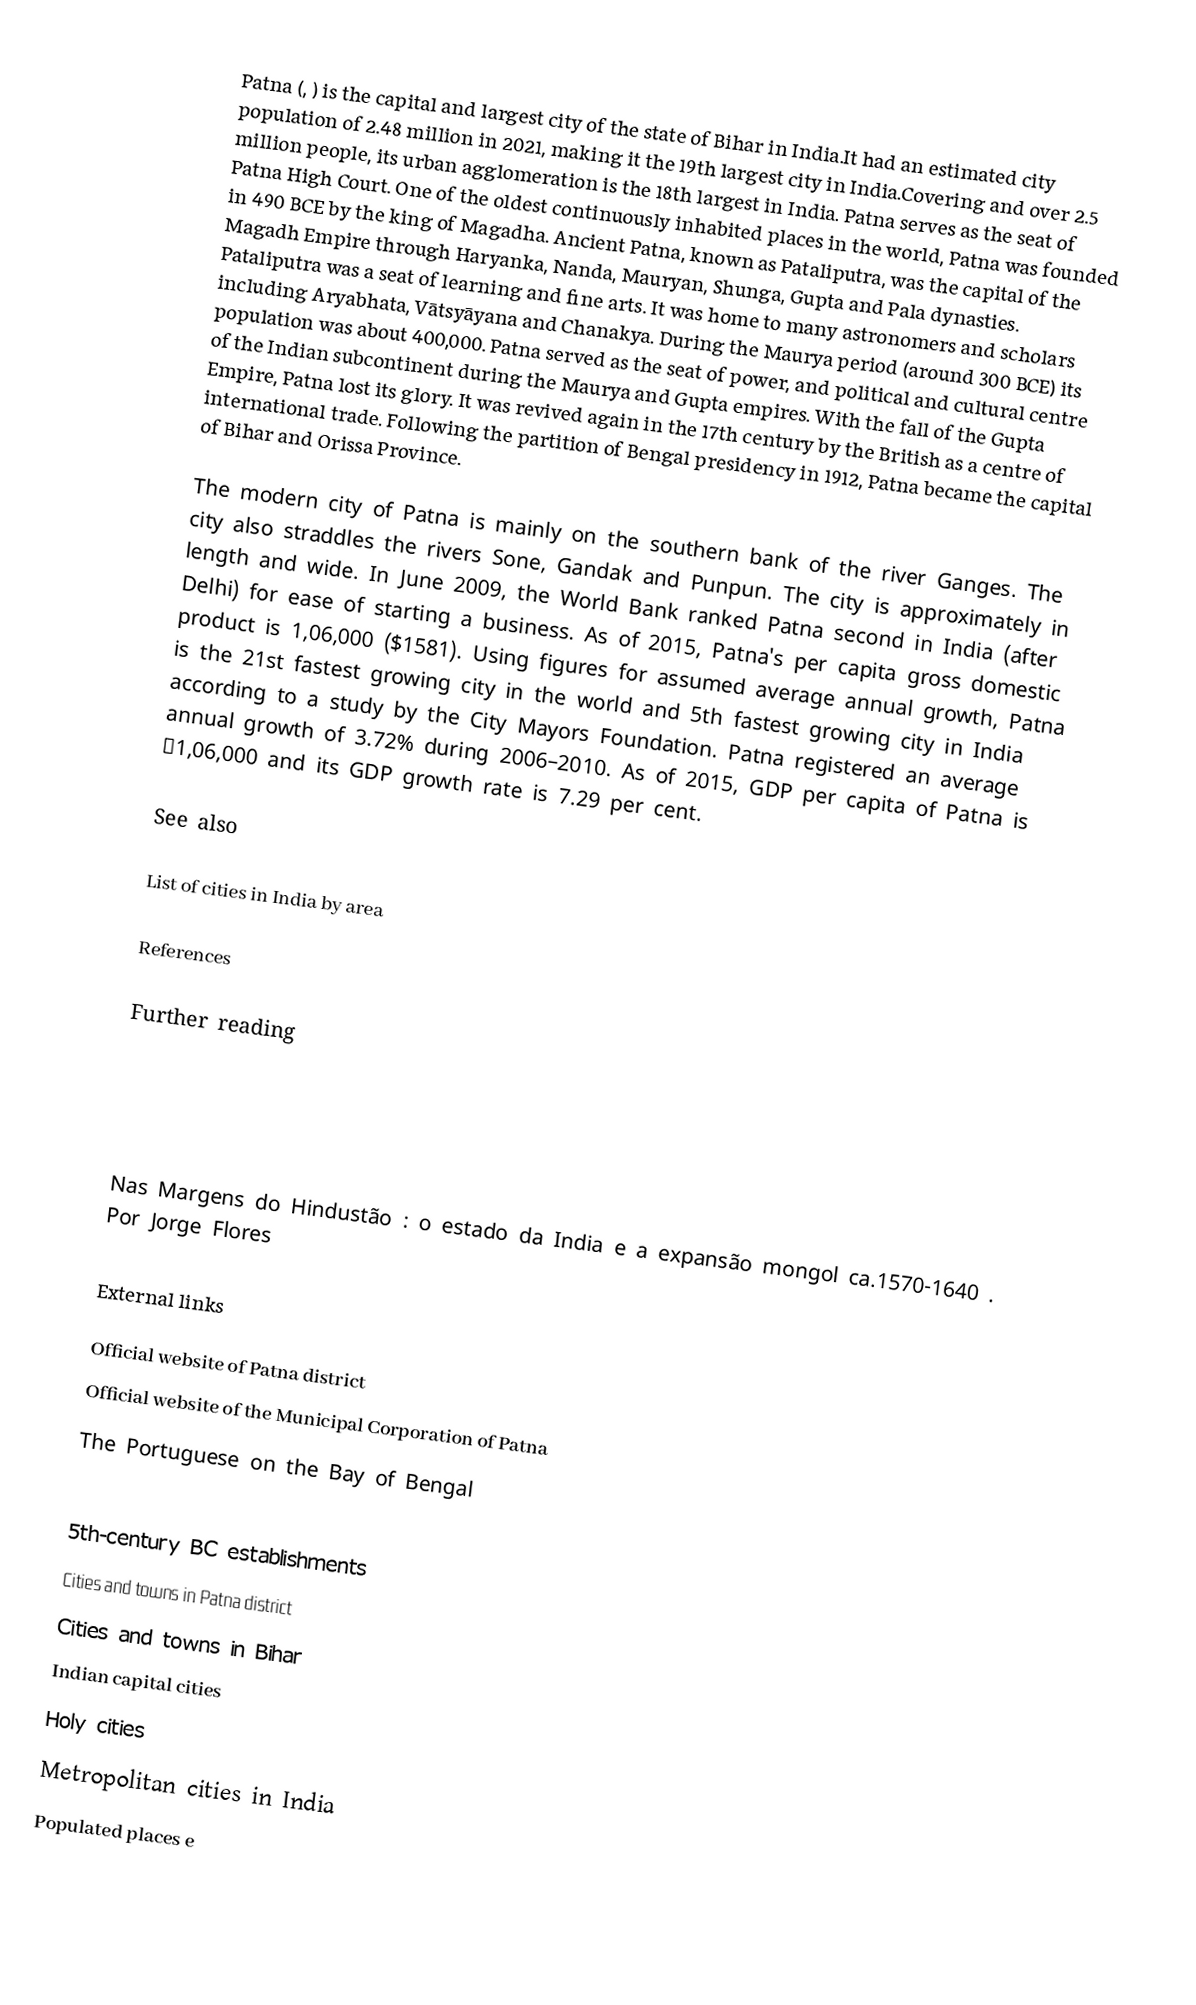
Patna (, ) is the capital and largest city of the state of Bihar in India.It had an estimated city population of 2.48 million in 2021, making it the 19th largest city in India.Covering  and over 2.5 million people, its urban agglomeration is the 18th largest in India. Patna serves as the seat of Patna High Court. One of the oldest continuously inhabited places in the world, Patna was founded in 490 BCE by the king of Magadha. Ancient Patna, known as Pataliputra, was the capital of the Magadh Empire through Haryanka, Nanda, Mauryan, Shunga, Gupta and Pala dynasties. Pataliputra was a seat of learning and fine arts. It was home to many astronomers and scholars including Aryabhata, Vātsyāyana and Chanakya. During the Maurya period (around 300 BCE) its population was about 400,000. Patna served as the seat of power, and political and cultural centre of the Indian subcontinent during the Maurya and Gupta empires. With the fall of the Gupta Empire, Patna lost its glory. It was revived again in the 17th century by the British as a centre of international trade. Following the partition of Bengal presidency in 1912, Patna became the capital of Bihar and Orissa Province.

The modern city of Patna is mainly on the southern bank of the river Ganges. The city also straddles the rivers Sone, Gandak and Punpun. The city is approximately  in length and  wide. In June 2009, the World Bank ranked Patna second in India (after Delhi) for ease of starting a business. As of 2015, Patna's per capita gross domestic product is 1,06,000 ($1581). Using figures for assumed average annual growth, Patna is the 21st fastest growing city in the world and 5th fastest growing city in India according to a study by the City Mayors Foundation. Patna registered an average annual growth of 3.72% during 2006–2010. As of 2015, GDP per capita of Patna is ₹1,06,000 and its GDP growth rate is 7.29 per cent.

See also

 List of cities in India by area

References

Further reading

Nas Margens do Hindustão : o estado da India e a expansão mongol ca.1570-1640 . Por Jorge Flores

External links

 Official website of Patna district
 Official website of the Municipal Corporation of Patna
 The Portuguese on the Bay of Bengal

5th-century BC establishments
Cities and towns in Patna district
Cities and towns in Bihar
Indian capital cities
Holy cities
Metropolitan cities in India
Populated places e